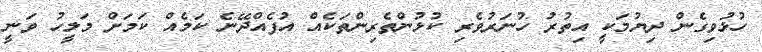
ހުޅުވިގެން ދިޔުމަކީ އިތުރު ހުނަރުވެރި ކުޅުންތެރިންތަކެއް އުފެއްދޭނެ ކަމެއް ކަމަށް މަލީހު ވަނީ